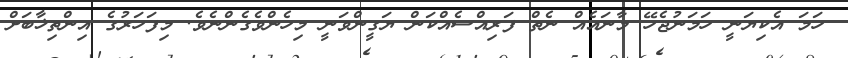
ހަމަ އެކިޔަނީ ހަމަނުޖެހޭ މާނައެއް ނެތް ފަރިއްސެއްކަން ޔަގީންވަނީ މިހެންވެގެންނެވެ. މިފަހަރުގެ އިންތިޚާބަށް